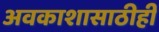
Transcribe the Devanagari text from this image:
अवकाशासाठीही